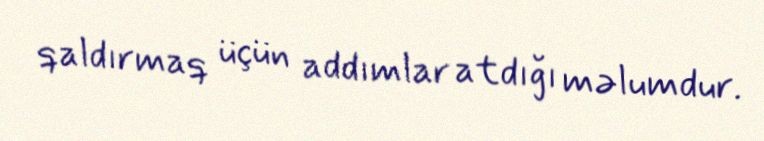
qaldırmaq üçün addımlar atdığı məlumdur.